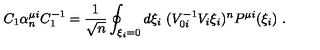
C _ { 1 } \alpha _ { n } ^ { \mu i } C _ { 1 } ^ { - 1 } = \frac { 1 } { \sqrt { n } } \oint _ { \xi _ { i } = 0 } d \xi _ { i } \ ( V _ { 0 i } ^ { - 1 } V _ { i } \xi _ { i } ) ^ { n } P ^ { \mu i } ( \xi _ { i } ) \ .